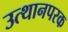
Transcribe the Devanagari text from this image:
उत्थानपरक